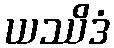
ယဿိဒံ